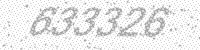
Solution: 633326